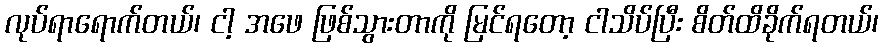
လုပ်ရာရောက်တယ်၊ ငါ့ အဖေ ဖြစ်သွားတာကို မြင်ရတော့ ငါသိပ်ပြီး စိတ်ထိခိုက်ရတယ်၊